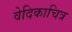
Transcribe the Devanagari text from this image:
वेदिकाचित्र